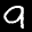
Label: 9